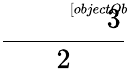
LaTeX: \frac{\sqrt[[objectObject]]{3}}{2}